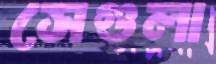
সেগুলা